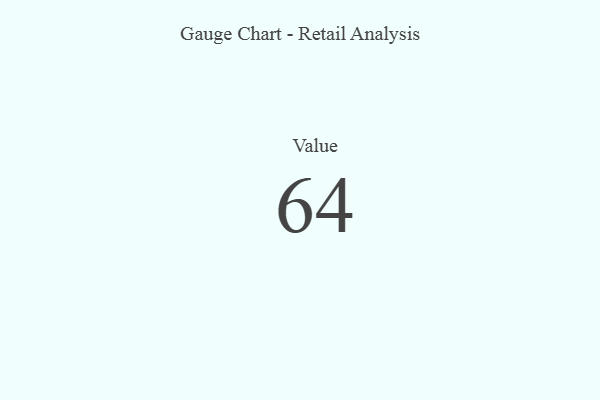
{"axis": {"x": "Metric", "y": "Value"}, "legend": [""], "data": [{"x": "Value", "y": 64, "type": ""}]}